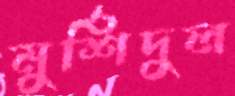
মুর্শিদুল